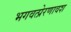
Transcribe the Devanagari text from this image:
भगवत्प्रेरणावश